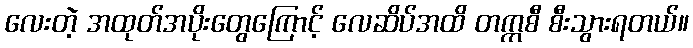
လေးတဲ့ အထုတ်အပိုးတွေကြောင့် လေဆိပ်အထိ တက္ကစီ စီးသွားရတယ်။